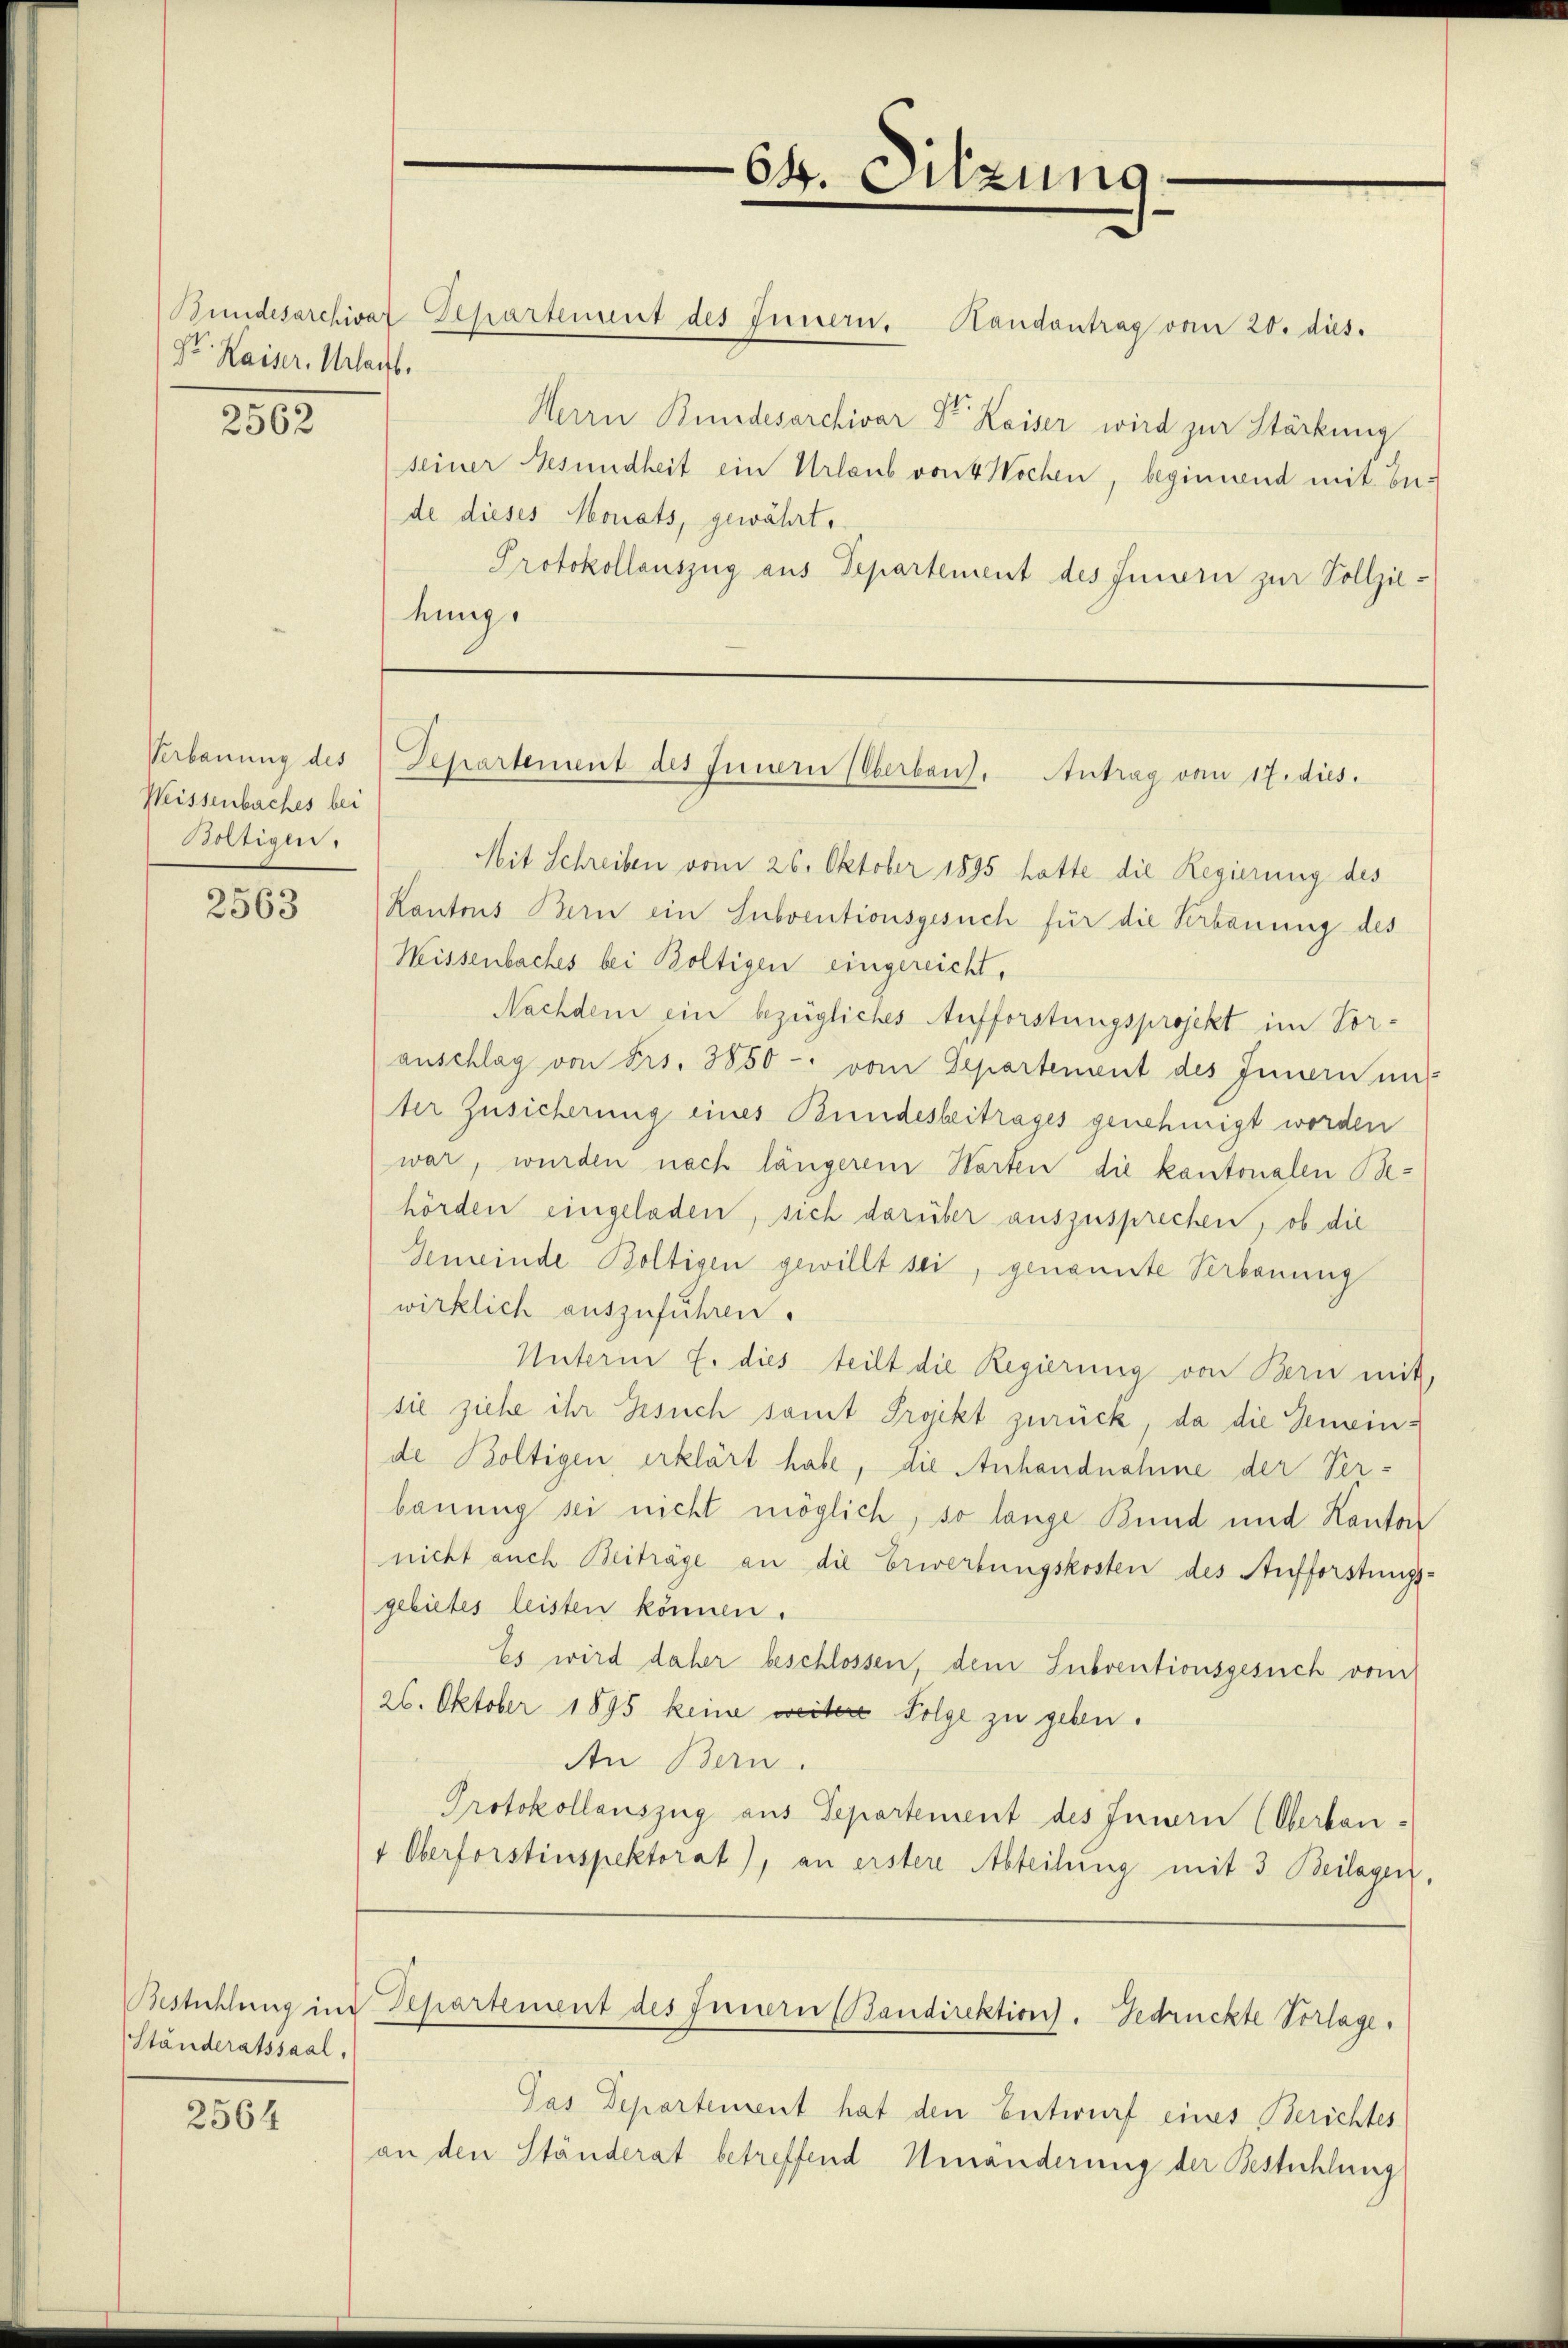
Sr. Kaiser, Urlaube

2562

Verbauung des
Weissenbaches bei
Boltigen.

2563

Ständeratssaal,

2564

Herrn Bundesarchivar Dr. Kaiser wird zur Stärkung
seiner Gesundheit ein Urlaub von 4 Wochen, beginnend mit En-
de dieses Monats, gewährt,
Protokollauszug aus Departement des Innern zur Vollziehung.

Bundesarchivar Departement des Innern, Handantrag vom 20. dies.

64. Sitzung

Dehartement des Innern Oberbaut. Antrag vom 17. dies.

Mit Schreiben vom 26. Oktober 1895 hatte die Regierung des
Kantons Bern ein Subventionsgesuch für die Verbauung des
Wissenbaches bei Boltigen eingereicht,
Nachdem ein bezügliches Aufforstungsprojekt im Vor-
anschlag von Frs. 3850-: vom Departement des Innern un
ter Zusicherung eines Bundesbeitrages genehmigt worden
war, wurden nach längerem Warten die kantonalen Behörden eingeladen, sich darüber auszusprechen, ob die
Gemeinde Boltigen gewillt sei, genannte Verbauung
wirklich auszuführen.
Unterm 7. dies teilt die Regierung von Bern mit,
sie ziehe ihr Gesuch samt Projekt zurück, da die Gemeinde Boltigen erklärt habe, die Anhandnahme der Verbauung sei nicht möglich, so lange Bund und Kanton
nicht auch Beiträge an die Erwerbungskosten des Aufforstungsgebietes leisten können.
Es wird daher beschlossen, dem Subventionsgesuch vom
26. Oktober 1895 keine weitere Folge zu geben.
An Bern.
Protokollauszug aus Departement des Innern (Oberbau-
1 Oberforstinspektorat), an erstere Abteilung mit 3 Beilagen.
estuhlung in Departement des Innern (Bandirektion. Bedrückte Vorlage.
Jas Departement hat den Entwurf eines Berichtes
an den Ständerat betreffend Umänderung der Bestühlung